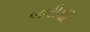
બારીથી